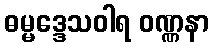
ဓမ္မဒ္ဒေသဝါရ ဝဏ္ဏနာ